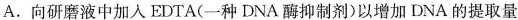
A.向研磨液中加入EDTA(一种DNA酶抑制剂)以增加DNA的提取量